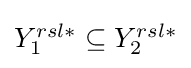
{\textstyle {Y_{1}^{rsl\ast }}\subseteq {Y_{2}^{rsl\ast }}}